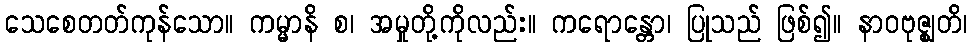
သေစေတတ်ကုန်သော။ ကမ္မာနိ စ၊ အမှုတို့ကိုလည်း။ ကရောန္တော၊ ပြုသည် ဖြစ်၍။ နာဝဗုဇ္ဈတိ၊